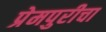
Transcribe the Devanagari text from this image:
प्रेमपुरीचा